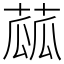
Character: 蓏